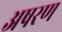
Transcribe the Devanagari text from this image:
अषरण